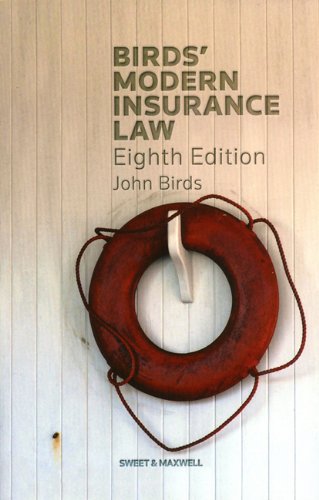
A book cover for Birds' Modern Insurance Law; Professor John Birds; Law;